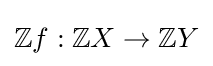
\mathbb {Z} f:\mathbb {Z} X\to \mathbb {Z} Y